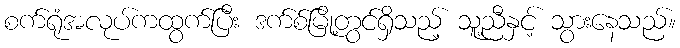
စက်ရုံအလုပ်ကထွက်ပြီး ဒက်စ်မြို့တွင်ရှိသည့် သူ့ညီနှင့် သွားနေသည်။